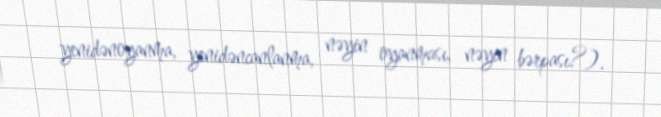
yenidənoyanma, yenidəncanlanma, nəyin oyanması, nəyin bərpası?).